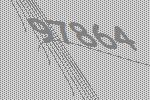
97864